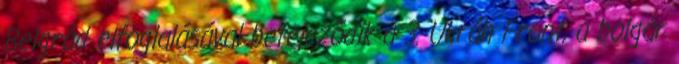
Belgrád elfoglalásával befejezõdik a 3. Ukrán Front, a bolgár